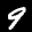
Label: 9